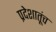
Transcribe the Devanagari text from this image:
प्रदेशातूंच